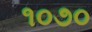
૧૦૭૦